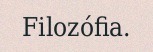
Filozófia.